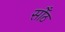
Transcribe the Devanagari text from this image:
सोँठ